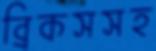
ব্রিকসসহ